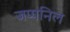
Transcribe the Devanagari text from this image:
जप्पनिल